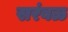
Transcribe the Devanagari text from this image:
सरंबळ